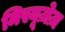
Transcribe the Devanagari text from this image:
मिस्यूज़ेज़